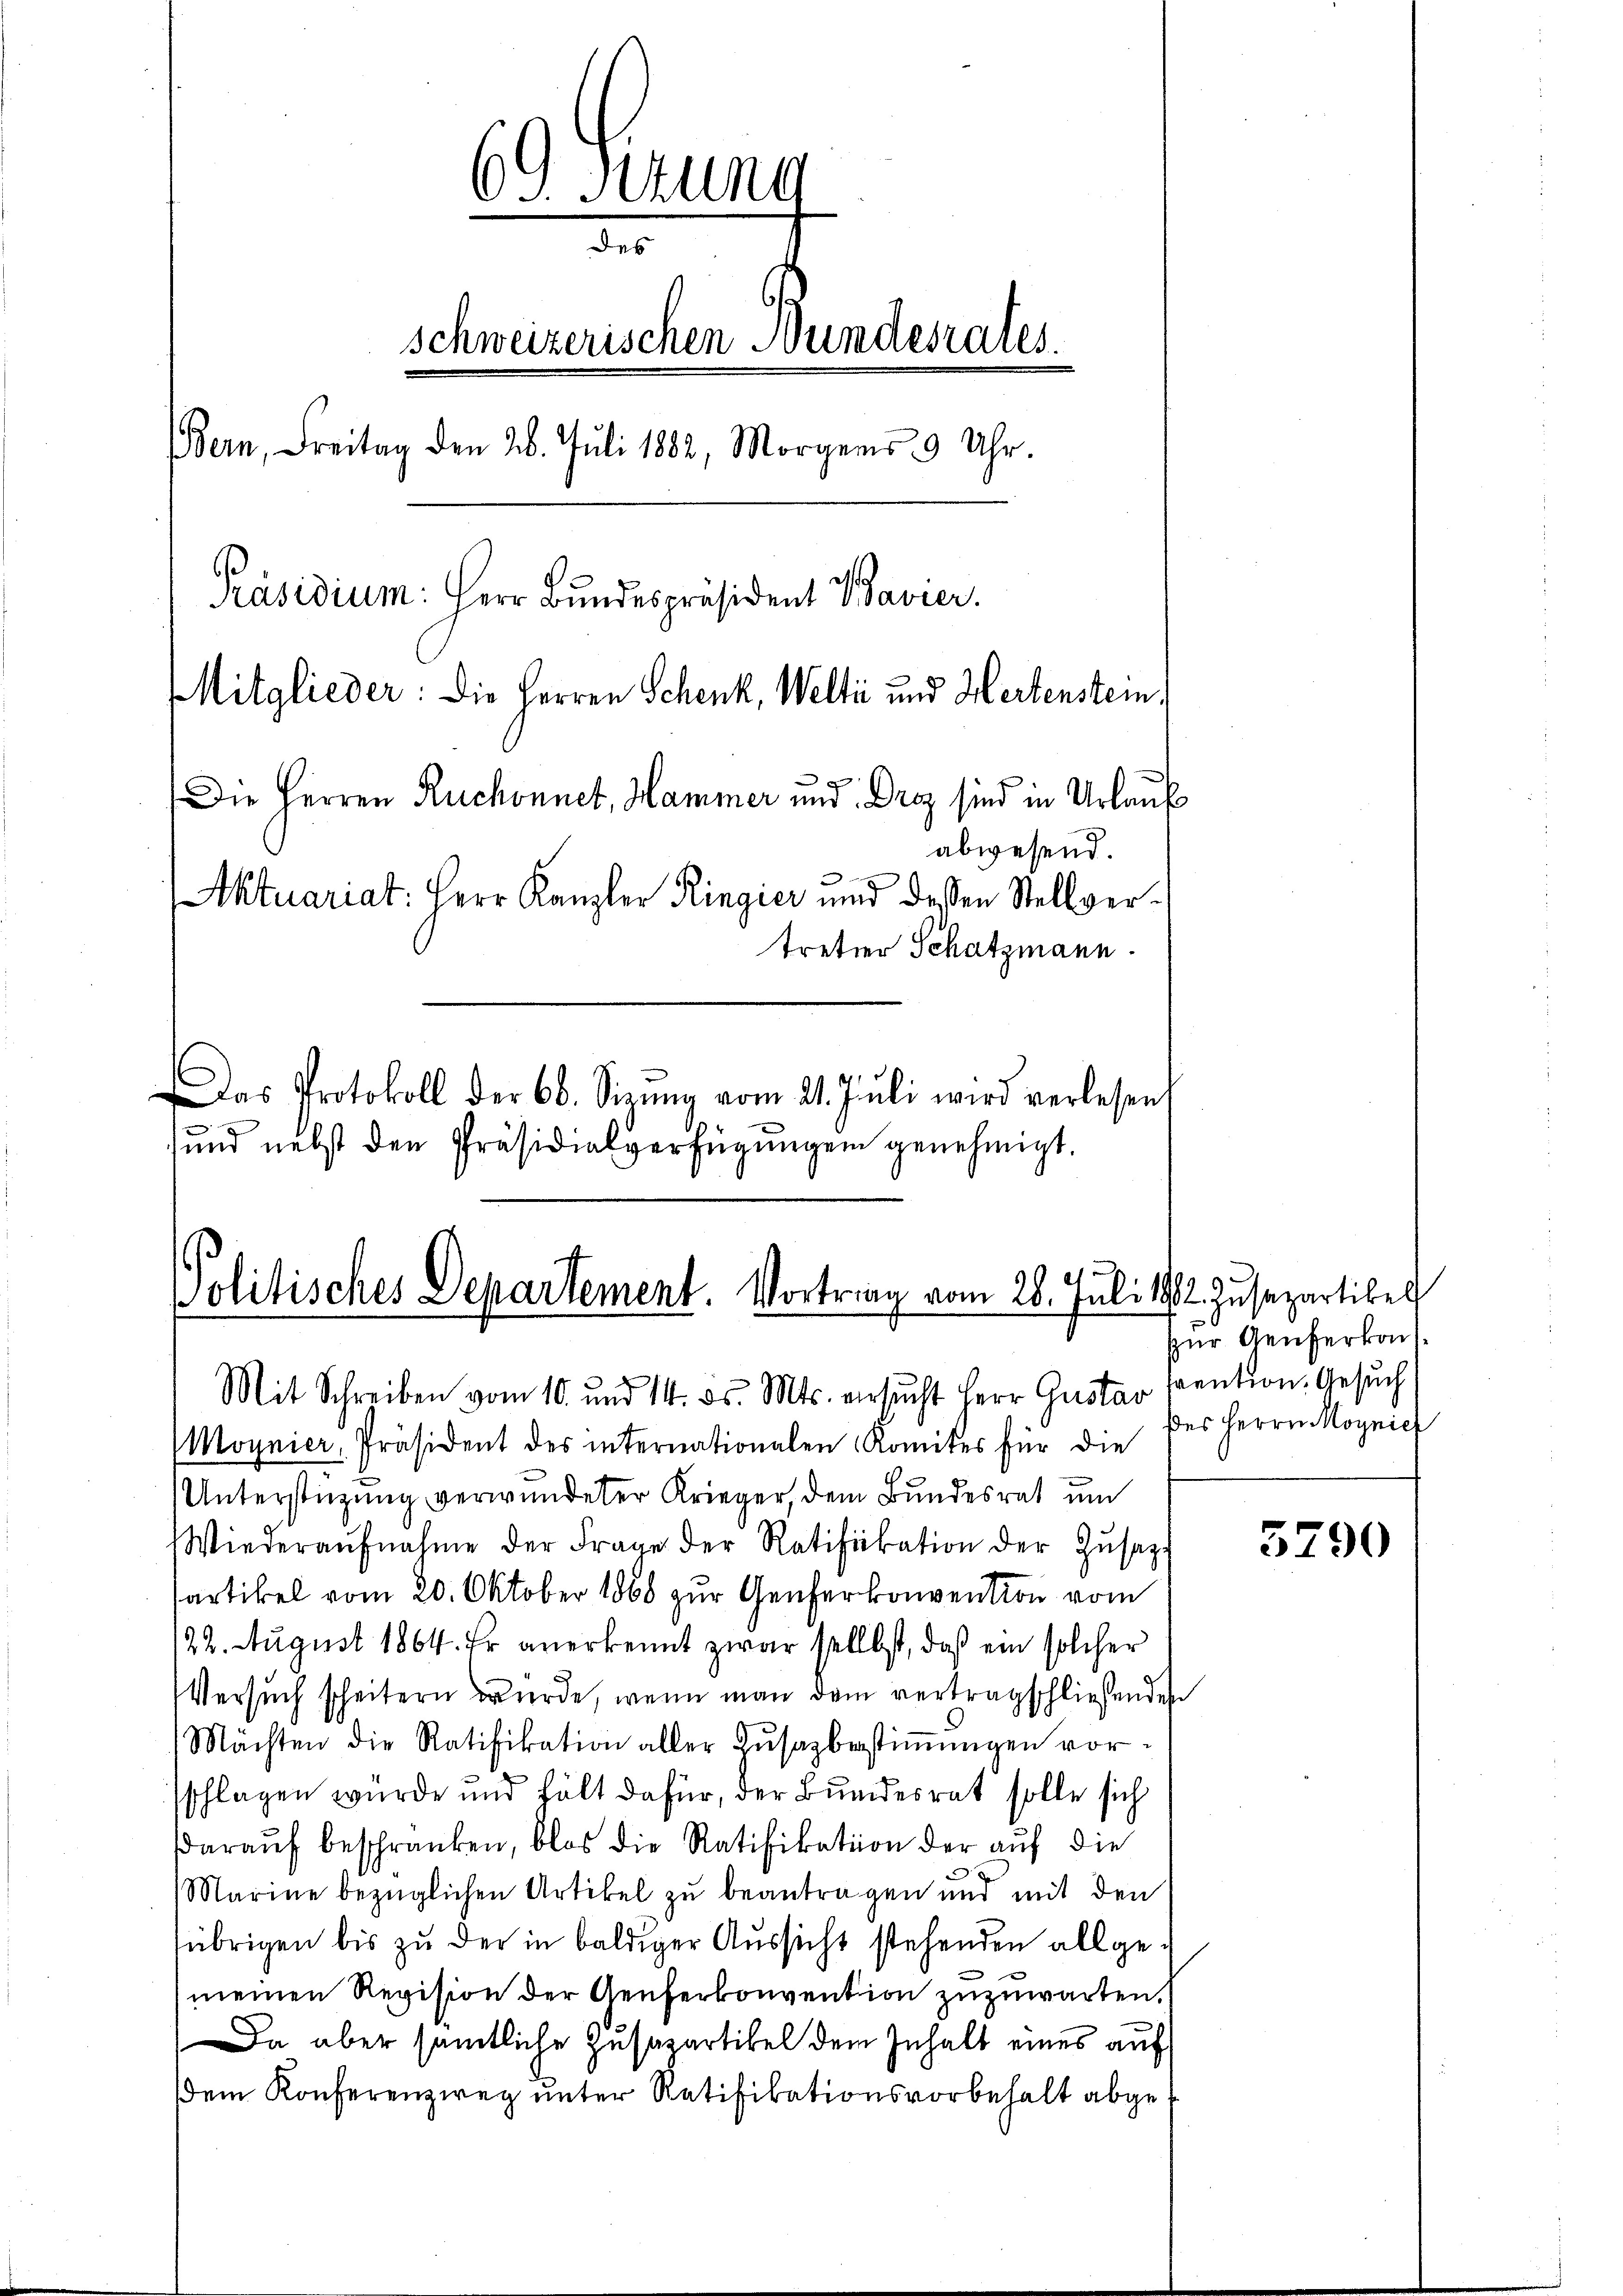
69 Stung
des
schweizerischen Bundesrates.
Bern, Freitag den 26. Juli 1882, Morgens 9 Uhr.
Präsidium: Herr Bundespräsident Bavier.
Mitglieder: Die Herren Schenk, Welti und Hertenstein,
Die Herren Ruchonnet, Hammer und Droz sind in Urlauf
abwesend.
Aktuariat: Herr Kanzler Ringier und dessen Stellvertreter Schatzmann.
Das Protokoll der 60. Sieŭng vom 21. Jŭli wird verlesen,

sund nebst den Präsidialverfügungen genehmigt.

Politisches Departement. Vortrag vom 28. Juli 1882 zusapartikel

Mit Schreiben vom 10. und 14. ds. Mts. ersucht Herr Gustav vention. Gesuch
Moynier, Präsident des internationalen Komites für die
Unterstüzung verwundeter Krieger, dem Bundesrat um
Wiederaŭfnahme der Frage der Ratifikation der Zŭsatz
Partikel vom 20. Oktober 1868 zur Genferkonvention vom
22. August 1864. Er anerkennt zwar selbst, daß ein solcher
Versuch scheitern wurde, wenn man dem vertragschließenden
Mächten die Ratifikation aller Zŭsazbestiṁŭngen vor-
sschlagen würde und hält dafür, der Bundesrat solle sich
daraŭf beschränken, blos die Ratifikation der auf die
Marine bezüglichen Artikel zu beantragen und mit den
übrigen bis zu der in baldiger Aussicht stehenden allgemeinen Revision der Aeuferkonvention zuzuwarten.
Da aber sämtliche Zusapartikel dem Inhalt eines auf
dem Konferenzweg unter Ratifikationsvorbehalt abge¬

zur Genferkon.
des Herrn Moynief

5790